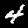
Digit: 4